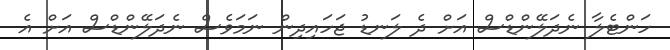
ހަންޓެލާ ނެދަލޭންޑްސް އަށް ދެ ލަނޑު ޖަހައިދިން ނަމަވެސް ނެދަލޭންޑްސް އަށް އެ